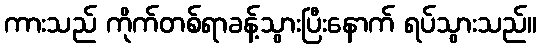
ကားသည် ကိုက်တစ်ရာခန့်သွားပြီးနောက် ရပ်သွားသည်။